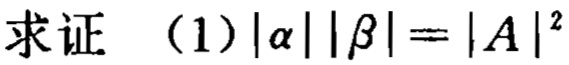
求证 （1）$|\alpha||\beta| = |A|^{2}$